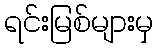
ရင်းမြစ်များမှ